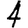
Digit: 4